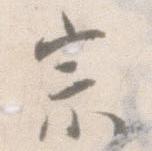
宗